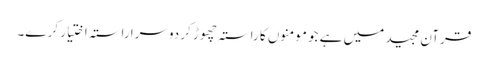
قرآن مجید میں ہے جو مومنوں کا راستہ چھوڑ کر دوسرا راستہ اختیار کر ے۔